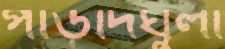
পাড়দিঘুলী